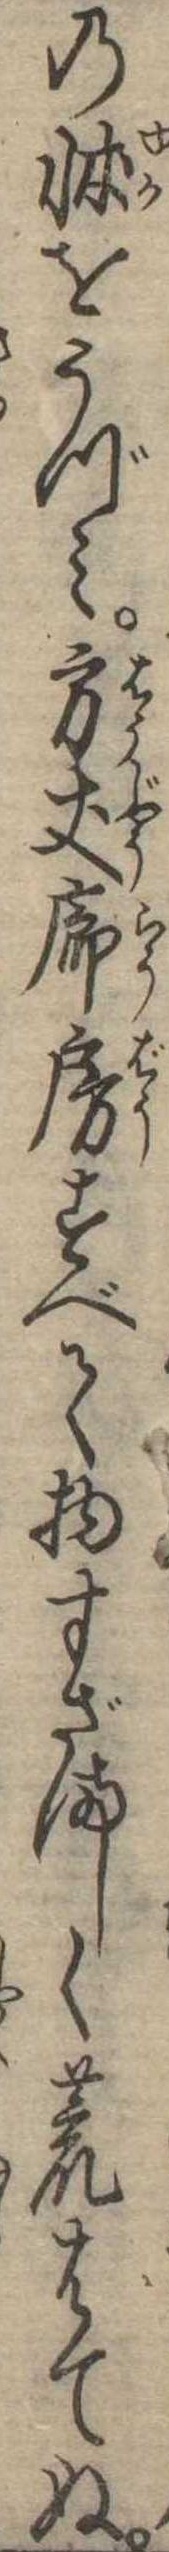
の牀をうずみ方丈廊房すべて物すざましく荒はてぬ